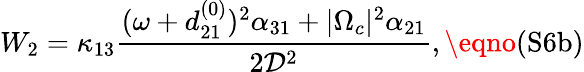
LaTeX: W_{2}=\kappa_{13}\frac{(\omega+d_{21}^{(0)})^{2}\alpha_{31}+|\Omega_{c}|^{2}\alpha_{21}}{2\mathcal{D}^{2}},\eqno{(\textrm{S6b})}